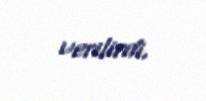
verilirdi.